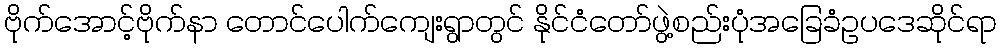
ဗိုက်အောင့်ဗိုက်နာ တောင်ပေါက်ကျေးရွာတွင် နိုင်ငံတော်ဖွဲ့စည်းပုံအခြေခံဥပဒေဆိုင်ရာ